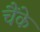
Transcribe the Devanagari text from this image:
चैंके